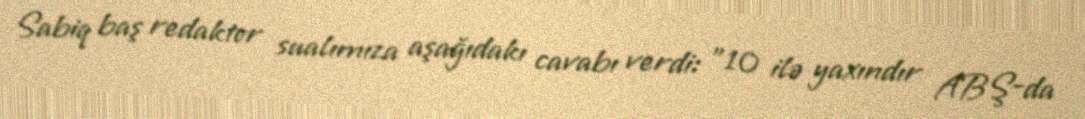
Sabiq baş redaktor sualımıza aşağıdakı cavabı verdi: "10 ilə yaxındır ABŞ-da